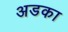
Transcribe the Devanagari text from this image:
अडका